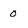
Character: 0